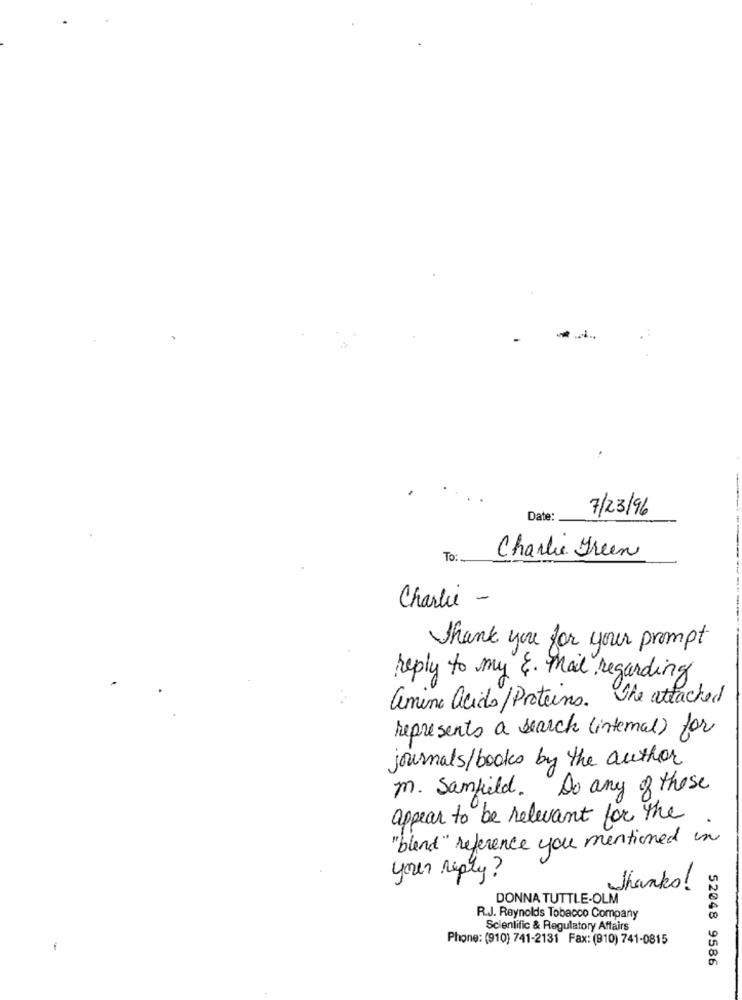
7/23/96
Date:
To:
Charlie Green
Charlie -
Thank you for your prompt
reply to my E. Mail regarding
amino acids/ Proteins. She attached
represents a search (internal) for
journals/ books by the author
m. Samfield. Do any of these
appear to be relevant for the
"blend" reference you mentioned in
your reply?
Thanks!
DONNA TUTTLE-OLM
R.J. Reynolds Tobacco Company
Scientific & Regulatory Affairs
Phone: (910) 741-2131 Fax: (910) 741-0815
52048 9586